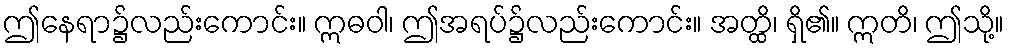
ဤနေရာ၌လည်းကောင်း။ ဣဓဝါ၊ ဤအရပ်၌လည်းကောင်း။ အတ္ထိ၊ ရှိ၏။ ဣတိ၊ ဤသို့။